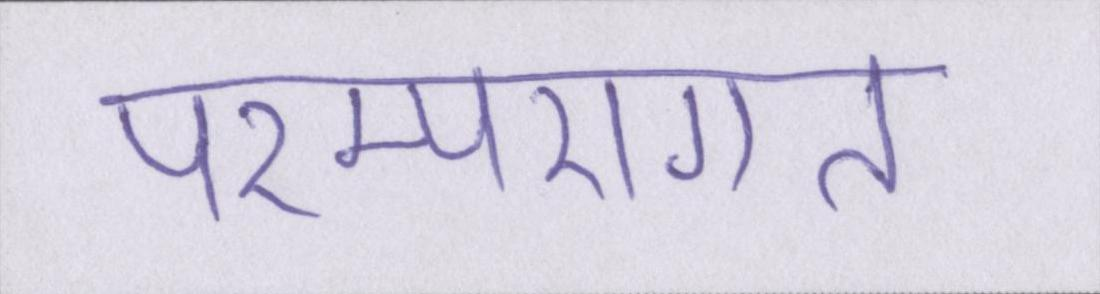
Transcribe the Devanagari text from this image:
परम्परागत